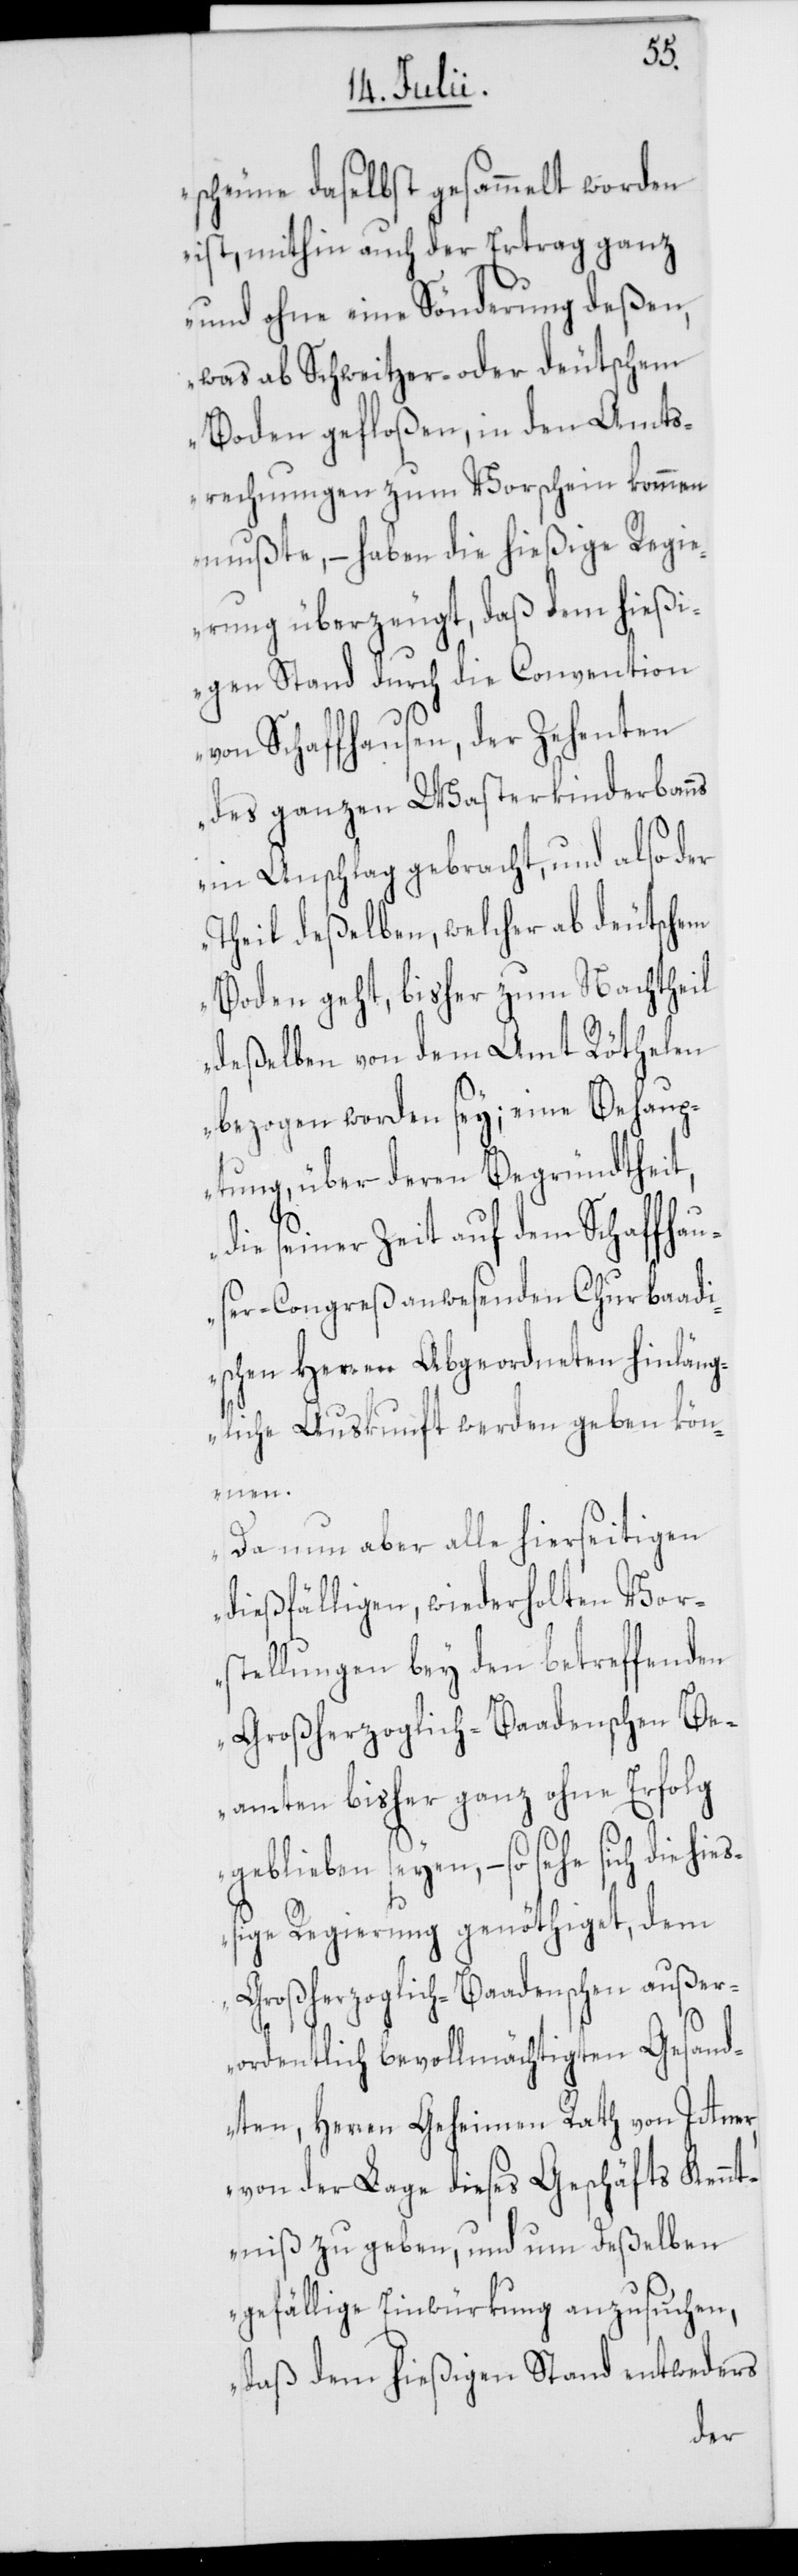
scheune daselbst gesammelt worden
ist, mithin auch der Ertrag ganz
und ohne eine Sönderung deßen,
was ab Schweitzer- oder deutschem
Boden gefloßen, in den Amts¬
rechnungen zum Vorschein kommen
mußte, – haben die hießige Regi¬
erung überzeugt, daß dem hießi¬
gen Stand durch die Convention
von Schaffhausen, der Zehenten
des ganzen Wasterkinderbanns
in Anschlag gebracht, und also der
Theil deßelben, welcher ab deutschem
Boden geht, bisher zum Nachtheil
deßelben von dem Amt Röthelen
bezogen worden sey; eine Behau¬
ptung, über deren Begründtheit,
die seiner Zeit auf dem Schaffhaus¬
er-Congreß anwesenden Churbaadi¬
schen Herren Abgeordneten hinläng¬
liche Auskunft werden geben kön¬
nen.
Da nun aber alle hierseitigen
dießfälligen, wiederholten Vor¬
stellungen bey den betreffenden
Großherzoglich-Baadenschen Be¬
amten bisher ganz ohne Erfolg
geblieben seyen, – so sehe sich die hi¬
eßige Regierung genöthiget, dem
Großherzoglich-Baadenschen außer¬
ordentlich bevollmächtigten Gesand¬
ten, Herren Geheimen Rath von Ittner,
von der Lage dieses Geschäfts Kennt¬
niß zu geben, und um deßelben
gefällige Einwürkung anzusuchen,
daß dem hießigen Stand entweders